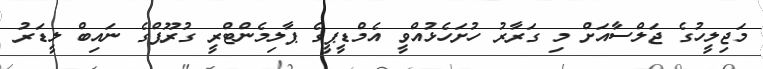
މަޖިލީހުގެ ޖަލްސާއަށް މި ގަރާރު ހުށަހެޅުއްވީ އެމްޑީޕީގެ ޕާލިމެންޓްރީ ގުރޫޕްގެ ނައިބް ލީޑަރު